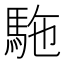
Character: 駞